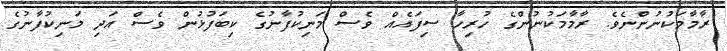
ރާމާމަކުނުންނެވެ. ރާމާމަކުނުންގެ ހުރިހާ ސިފައެއް ވެސް މަނިކުފާނުގެ ކިބަފުޅުން ވެސް އަދި މަނިކުފާނުގެ